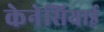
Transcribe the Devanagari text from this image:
केनेसियाई